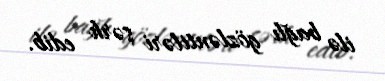
ilə bağlı gözləntiləri şərh edib.